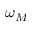
\omega _ { M }